Lunatic asylums in Bengal annual reports 1888-1898 - 1888-1898
Year: 1888
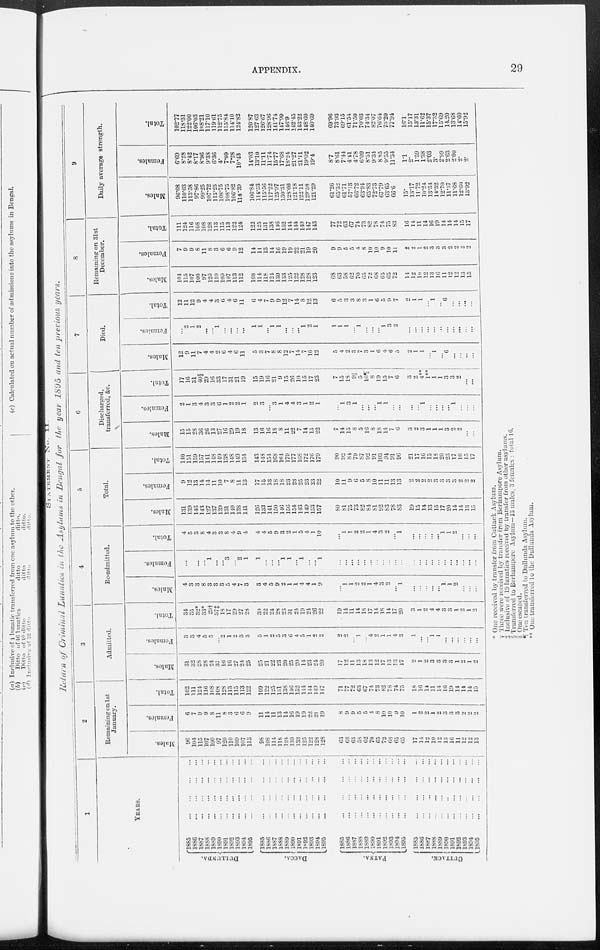
APPENDIX.
29
STATEMENT
No. II
Return of Criminal Lunatics in the Asylums in Bengal for the year 1895 and ten previous years.
DULLANDA.
DACCA.
PATNA.
CUTTACK.
1
YEARS.
1885
1886
1887
1888
...
1889
1890
...
1891
1892
...
1893
...
1894
..
1895
1885
1886
...
1887
..
1888
...
...
1889
...
1890
...
1891
...
1892
...
...
1893
...
1894
.
1895
...
l885
1886
1887
1888
1889
..
1890
1891
1892
...
...
l893
...
1894
...
1895
1885
1886
...
...
...
...
1887
1888
1889
1890
...
1891
...
1892
...
1893
1894
...
1895
...
2
Remaining on 1st
January.
Males.
96
104
115
107
100
97
120
110
109
107
113
98
108
114
118
124
130
133
125
122
128
128
63
68
03
58
02
70
65
72
68
05
05
17
14
12
10
12
13
10
11
12
12
13
Females.
6
7
9
9
8
11
8
3
0
6
9
11
14
11
13
14
10
19
19
22
21
19
8
9
9
5
5
4
8
10
10
9
10
1
2
2
1
2
3
3
3
2
2
2
Total.
102
111
124
116
108
10S
128
113
115
113
122
109
122
125
131 138
140
152
114
144
149
147
71
77
72
03
07
74
73
82
78
74
75
18
10
14
11
14
10
19
14
14
14
15
3
Admitted.
Males.
31
32
28
28
24
37
10
10
27
24
25
25
21
22
23
20
25
20
14
23
24
20
17
12
11
13
18
13
12
17
13
13
17
2
1
2
3
3
3
3
1
2
1
2
Females.
3
3
4
5
5
...
2
1
2
3
3
5
1
2
5
3
6
4
5
1
2
2
2
2
...
1
...
4
2
1
1
4
3
1
...
...
1
1
...
...
...
...
...
...
Total.
34
35
32*
33*
29†
37‡
18
17
29
27
28
30
22
24
28
23
31
24
19
24
26
22
19
14
11
14
18
17
14
18
14
17
20
3
1
2
4
4
3
3
1
2
1
2
4
Re-admitted.
Males.
4
3
3
8
3
3
3
5
4
7
3
3
4
5
9
2
1
1
4
4
1
9
...
1
1
2
2
1
4
3
2
...
1
...
...
...
...
...
1
1
2
...
...
...
Females.
...
...
...
...
1
...
...
3
...
2
1
1
...
...
...
1
1
...
1
...
...
1
...
...
...
...
...
...
...
...
...
...
...
...
...
...
...
...
...
...
...
... ...
...
Total.
4
5
3
8
4
3
3
8
4
9
4
4
4
5
9
3
2
1
5
4
1
10
...
1
1
2
2
1
4
3
2
...
1
...
...
...
...
...
1
1
2
...
...
...
5
Total.
Males.
131
139
140
143
127
137
139
131
140
138
141
120
133
141
150
146
156
154
143
149
153
157
80
81
75
73
82
84
81
92
83
78
83
19
15
14
13
15
17
20
14
14
13
15
Females.
9
12
13
14
14
11
10
7
8
11
13
17
15
13
18
18
23
23
25
23
23
22
10
11
9
6
5
8
10
11
11
13
13
2
2
2
2
3
3
3
3
2
2
2
Total.
140
151
159
157
141
148
149
138
148
149
154
143
148
154
168
164
179
177
108
172
170
179
90
92
84
79
87
92
91
103
94
91
96
21
17
16
15
18
20
23
17
16
15
17
6
Discharged,
transferred, &c.
Males.
15
15
28
36
26
13
27
16
29
19
18
13
16
16
18
8
11
22
7
14
15
22
7
14
15
8
5
16
8
18
14
7
6
3
2
3
1
1
1
3
2
2
...
...
Females.
2
1
3
4
3
3
6
1
2
2
1
...
3
...
3
1
4
4
3
1
2
1
...
1
3
1
...
...
...
l
1
...
...
...
...
1
...
...
...
...
1
...
...
...
Total.
17
16
31
40§
29
16
33
17
31
21
19
15
19
16
21
9
15
26
10
15
17
23
7
15
18
9||
5
16¶
8
19
15
7
6
3
2
4**
1**
1
1
3
3
2
...
...
7
Died.
Males.
12
9
11
7
4
4
2
6
4
6
11
5
3
7
8
8
12
7
14
7
10
12
5
4
2
3
7
3
1
6
4
6
5
2
1 1
...
1
...
6
...
...
...
...
Females.
...
2
1
2
...
...
l
...
...
...
...
1
1
...
1
1
...
...
...
1
2
1
1
1
1
...
l
...
...
...
1
3
2
...
...
...
...
...
...
...
...
...
...
...
Total.
12
11
12
9
4
4
3
6
4
6
11
6
4
7
9
9
12
7
14
8
12
13
6
5
3
3
8
3
1
6
5
9
7
2
1
1
...
1
...
6
...
...
...
...
8
Remaining on 31st
December.
Males.
104
115
107
100
97
120
110
109
107
113
112
108
114
118
124
130
133
125
122
128
128
123
68
63
58
62
70
65
72
68
65
65
72
14
12
10
12
13
16
11
12
12
13
15
Females.
7
9
9
8
11
8
3
6
6
9
12
14
11
13
14
16
19
19
22
21
19
20
9
9
5
5
4
8
10
10
9
10
11
2
2
1
2
3
3
3
2
2
2
2
Total.
111
124
116
108
108
128
113
115
113
122
124
122
125
131
138
146
152
144
144
149
147
143
77
72
63
67
74
73
82
78
74
75
83
16
14
11
14
16
19
14
14
14
15
17
9
Daily average strength.
Males.
96.08
110.03
113.58
97.86
99.25
107.72
113.25
108.75
108.75
106.82
114.39
106.84
114.53
115.56
117.22
125.97
130.31
128.66
121.18
122.11
129.58
121.29
61.26
65.32
61.71
57.13
66.72
63.94
65.83
72.73
67.79
63.65
66.6
15.
13.17
11.72
10.24
13.34
14.32
12.70
11.57
11.68
12.60
13.92
Females.
6.69
8.28
8.42
8.17
8.96
9.38
6.36
4.
7.09
7.28
10.43
14.03
13.10
11.11
11.74
15.77
17.68
18.24
21.27
21.11
19.02
19.4
8.7
8.61
7.44
441
4.78
6.09
8.51
934
8 85
9.55
11.34
1.1
2.
1.59
1.38
2.03
3.
2.99
2.63
2.00
2.
2.
Total.
102.77
118.31
122.00
106.03
108.21
117.10
119.61
112.75
115.84
114.10
124.82
120.87
127 63
126.67
128.96
141.74
147.99
146.9
142 45
143.22
148.60
140.69
69.96
73.93
69.15
61.54
71.50
70.03
74.34
82.07
76.64
73.20
77.94
16.1
15.17
13.31
11.62
15.37
17.32
15.69
14.20
13.68
14.60
15.92
* One received by transfer from Cuttack Asylum.
† Three were received by transfer from Berhampore Asylum.
‡ Inclusive of 19 lunatics received by transfer from other asylums.
§ Transferred to Berhampore Asylum—13 males, 3 females : total 16,
|| One escaped.
¶ Ten transferred to Dullunda Asylum.
** One transferred to the Dullunda Asylum.